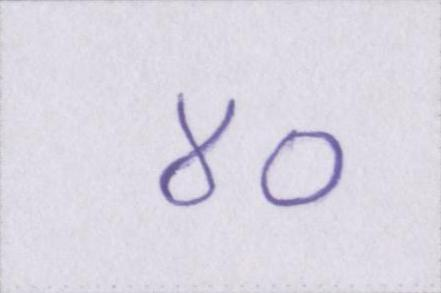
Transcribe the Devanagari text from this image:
४०